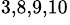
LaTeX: ^{3,8,9,10}